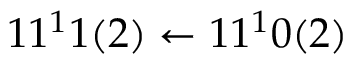
1 1 ^ { 1 } 1 ( 2 ) \leftarrow 1 1 ^ { 1 } 0 ( 2 )